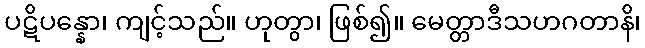
ပဋိပန္နော၊ ကျင့်သည်။ ဟုတွာ၊ ဖြစ်၍။ မေတ္တာဒီသဟဂတာနိ၊